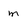
Character: m